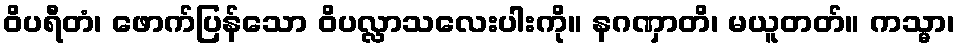
ဝိပရီတံ၊ ဖောက်ပြန်သော ဝိပလ္လာသလေးပါးကို။ နဂဏှာတိ၊ မယူတတ်။ ကသ္မာ၊